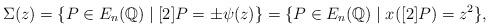
LaTeX: \begin{align*}\Sigma(z)=\{P\in E_{n}(\mathbb{Q})\mid[2]P=\pm\psi(z)\}=\{P\in E_{n}(\mathbb{Q})\mid x([2]P)=z^{2}\},\end{align*}